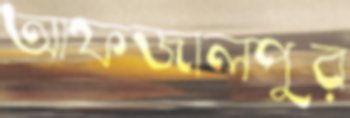
আফজালপুর